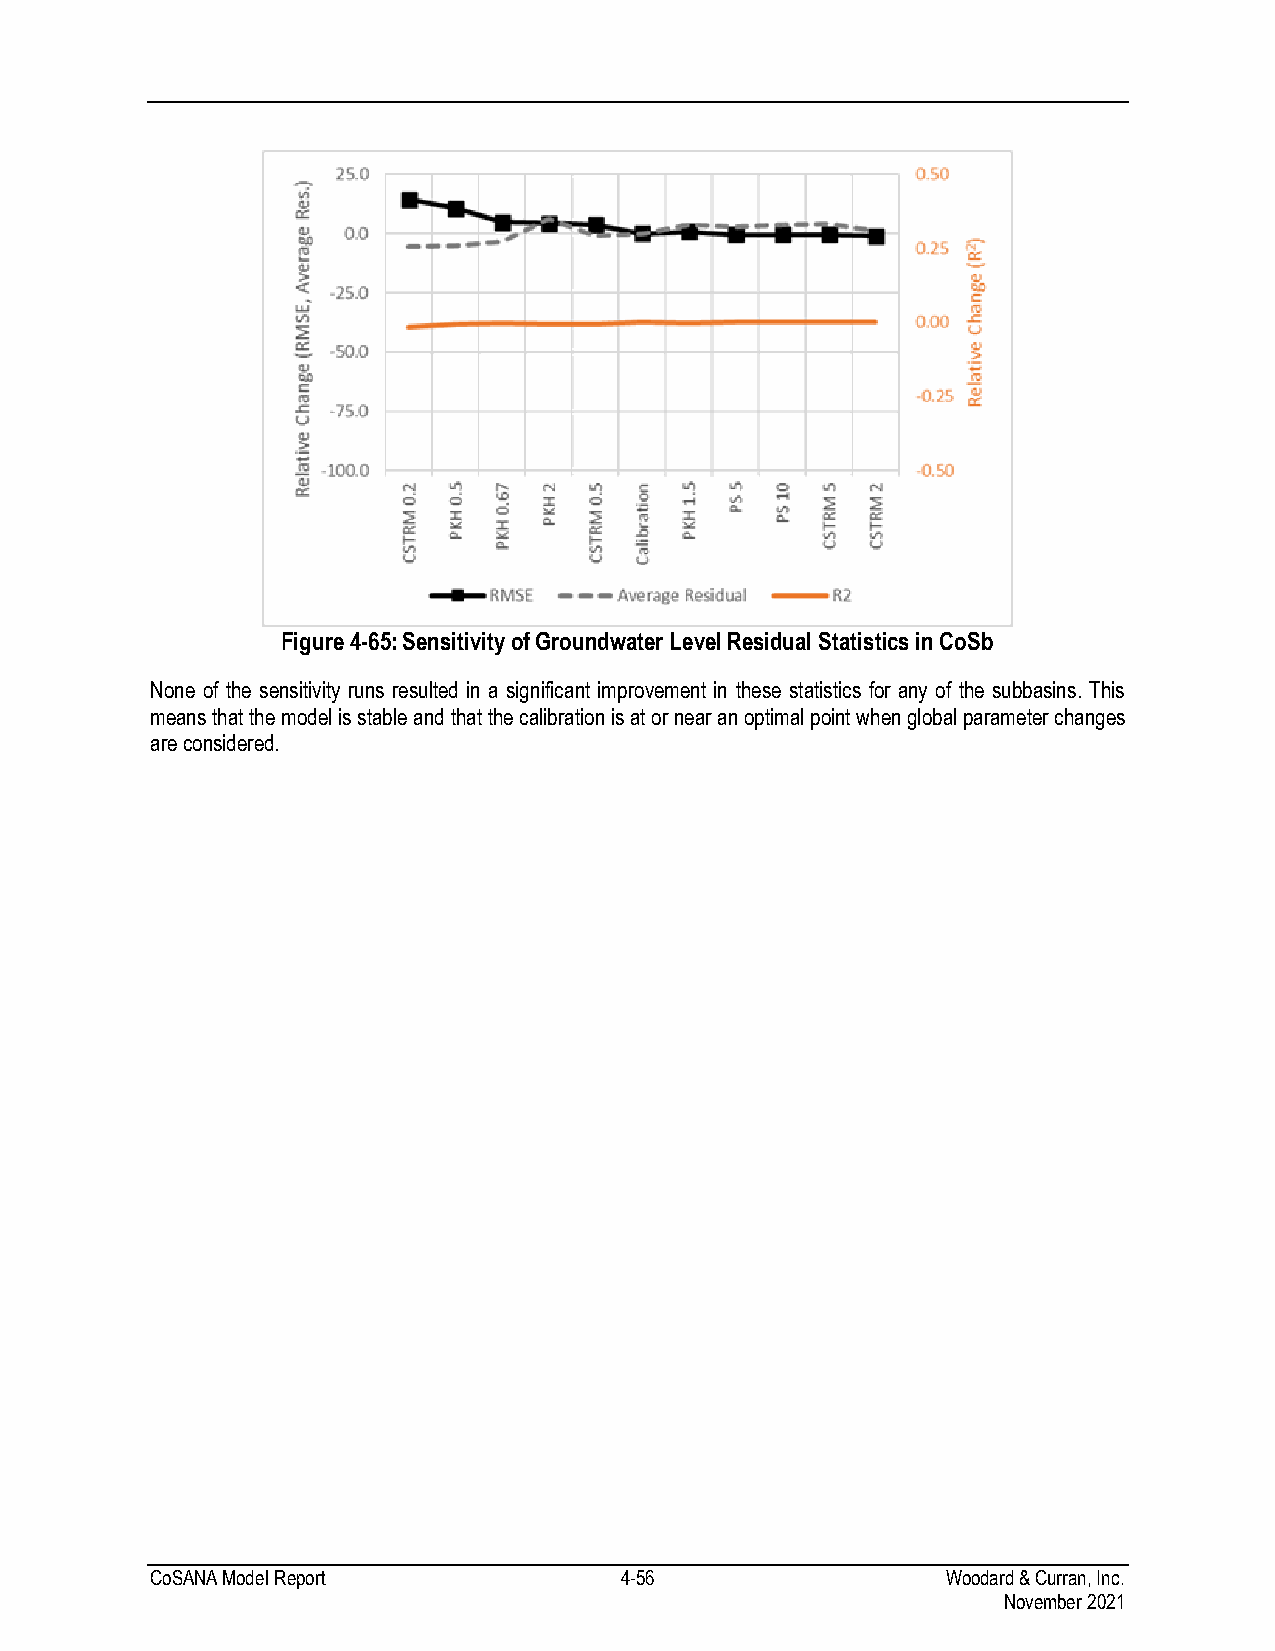
Figure 4-65: Sensitivity of Groundwater Level Residual Statistics in CoSb
 None of the sensitivity runs resulted in a significant improvement in these statistics for any of the subbasins. This
 means that the model is stable and that the calibration is at or near an optimal point when global parameter changes
 are considered.
 CoSANA Model Report            4-56                  Woodard & Curran, Inc.
 November 2021